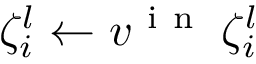
\zeta _ { i } ^ { l } \gets v ^ { \mathrm { ~ i ~ n ~ } } \: \zeta _ { i } ^ { l }